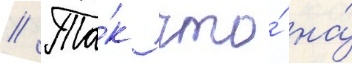
// Та́к что́ на́